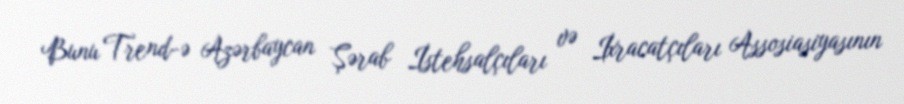
Bunu Trend-ə Azərbaycan Şərab İstehsalçıları və İxracatçıları Assosiasiyasının